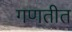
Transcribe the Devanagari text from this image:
गणतीत